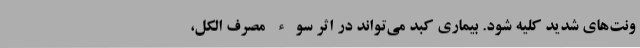
ونت‌های شدید کلیه شود. بیماری کبد می‌تواند در اثر سوء مصرف الکل،